Distribution and causation of leprosy in British India
Year: 1875
Disease focus: Leprosy
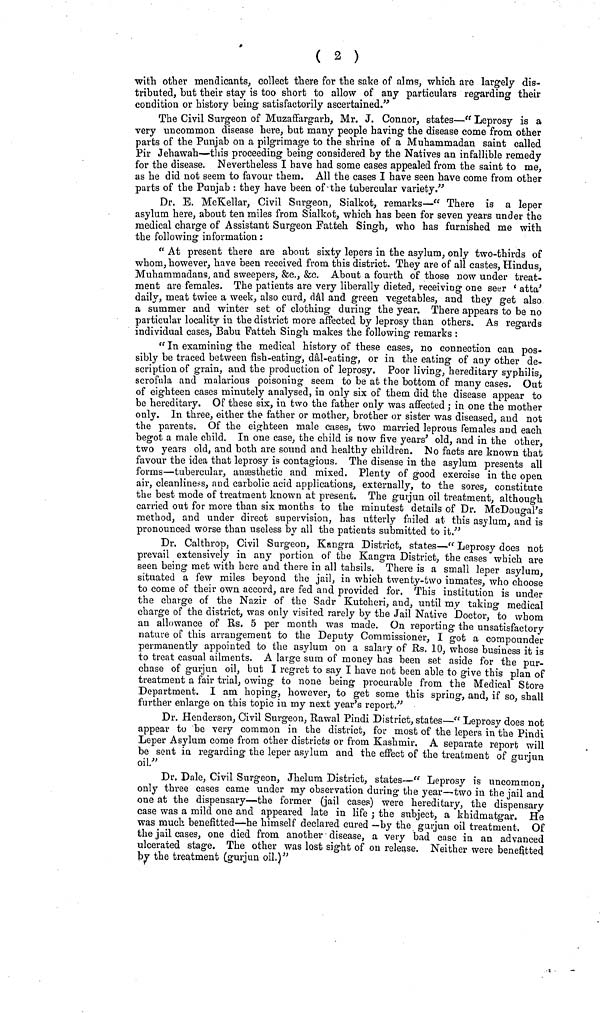
( 2 )
with other mendicants, collect there for the sake of alms, which are largely dis-
tributed, but their stay is too short to allow of any particulars regarding their
condition or history being satisfactorily ascertained."
The Civil Surgeon of Muzaffargarb, Mr. J. Connor, states— fc Leprosy is a
very uncommon disease here, but many people having the disease come from other
parts of the Punjab on a pilgrimage to the shrine of a Muhammadan saint called
Pir Jehawah—this proceeding being considered by the Natives an infallible remedy
for the disease. Nevertheless I have had some cases appealed from the saint to me,
as he did not seem to favour them. All the cases I have seen have come from other
parts of the Punjab : they have been of the tubercular variety/· 9
Dr. E. McKellar, Civil Surgeon, Sialkot, remarks—" There is a leper
asylum here, about ten miles from Sialkot, which has been for seven years under the
medical charge of Assistant Surgeon Fatten Singh, who has furnished me with
the following information :
" At present there are about sixty lepers in the asylum, only two-thirds of
whom, however, have been received from this district. They are of all castes, Hindus,
Muhammadans, and sweepers, &c., &c. About a fourth of those now under treat-
ment are females. The patients are very liberally dieted, receiving one seer ' atta'
daily, meat twice a week, also curd, dal and green vegetables, and they get also
a summer and winter set of clothing during the year. There appears to be no
particular locality in the district more affected by leprosy than others. As regards
individual eases, Babu Fatteh Singh makes the following remarks :
" In examining the medical history of these cases, no connection can pos-
sibly be traced between fish-eating, dàl-eating, or in the eating of any other de-
scription of grain, and the production of leprosy. Poor living, hereditary syphilis,
scrofula and malarious poisoning seem to be at the bottom of many cases. Out
of eighteen cases minutely analysed, in only six of them did the disease appear to
be hereditary. Of these six, in two the father only was affected ; in one the mother
only. In three, either the father or mother, brother or sister was diseased, and not
the parents. Of the eighteen male cases, two married leprous females and each
begot a male child. In one case, the child is now five years' old, and in the other,
two years old, and both are sound and healthy children. No facts are known that
favour the idea that leprosy is contagious. The disease in the asylum presents all
forms—tubercular, ansesthetic and mixed. Plenty of good exercise in the open
air, cleanliness, and carbolic acid applications, externally, to the sores, constitute
the best mode of treatment known at present. The gurjun oil treatment, although
carried out for more than six months to the minutest details of Dr. McDouo-al's
method, and under direct supervision, has utterly failed at this asylum, and is
pronounced worse than useless by all the patients submitted to it."
Dr. Calthrop, Civil Surgeon, Kangra District, states—" Leprosy does not
prevail extensively in any portion of the Kangra District, the cases which are
seen being met with here and there in all tahsils. There is a small leper asylum,
situated a few miles beyond the jail, in which twenty-two inmates, who choose
to come of their own accord, are fed and provided for. This institution is under
the charge of the Nazir of the Sadr Kutcheri, and, until my taking medical
charge of the district, was only visited rarely by the Jail Native Doctor, to whom
an allowance of Us. 5 per month was made. On reporting the unsatisfactory
nature of this arrangement to the Deputy Commissioner, I got a compounder
permanently appointed to the asylum on a salary of Rs. 10, whose business it is
to treat casual ailments. A large sum of money has been set aside for the pur-
chase of gurjun oil, but I regret to say I have not been able to give this plan of
treatment a fair trial, owing to none being procurable from the Medical Store
Department. I am hoping, however, to get some this spring, and, if so, shall
further enlarge on this topic in my next year's report."
Dr. Henderson, Civil Surgeon, Rawal Pindi District, states—" Leprosy does not
appear to be very common in the district, for most of the lepers in the Pindi
Leper Asylum come from other districts or from Kashmir. A separate report will
be sent in regarding the leper asylum and the effect of the treatment of °- U nun
oil."
* J
Dr. Dale, Civil Surgeon, Jhelum District, states—" Leprosy is uncommon,
only three cases came under my observation during the year—two in the jail and
one at the dispensary—the former (jail cases) were hereditary, the dispensary
case was a mild one and appeared late in life ; the subject, a khidmatgar. He
was much benefitted—he himself declared cured —by the gurjun oil treatment. Of
the jail cases, one died from another disease, a very bad case in an advanced
ulcerated stage. The_ other was lost sight of 011 release. Neither were benefitted
by the treatment (gurjun oil.)"